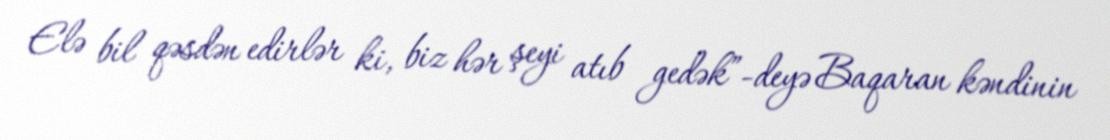
Elə bil qəsdən edirlər ki, biz hər şeyi atıb gedək”-deyə Baqaran kəndinin